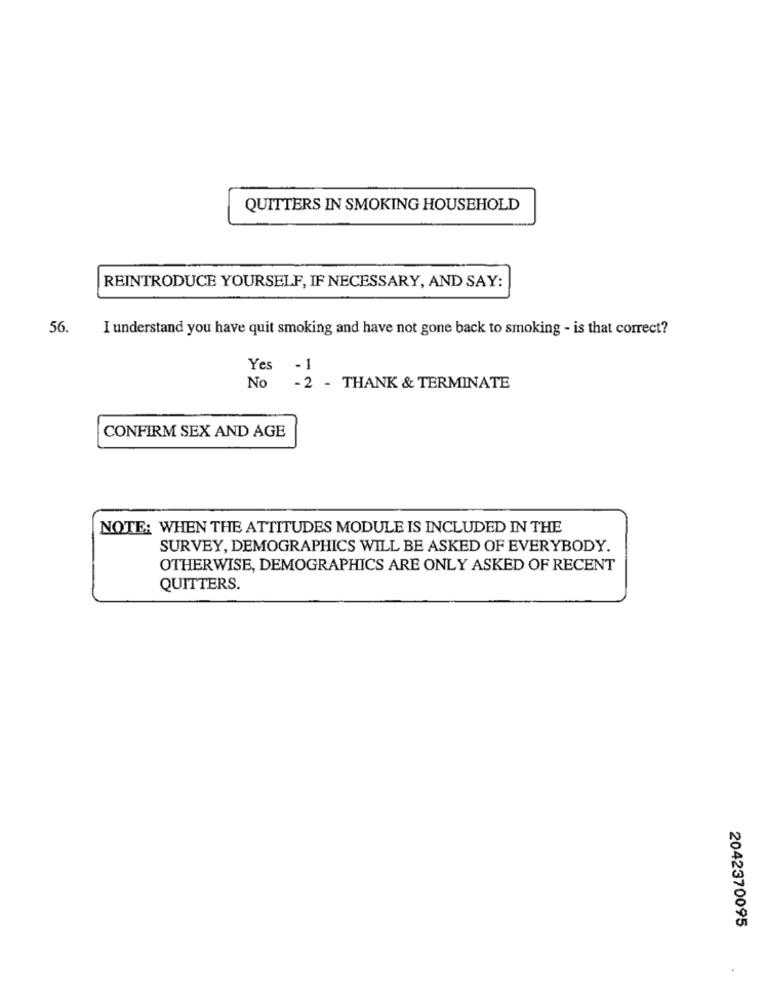
QUITTERS IN SMOKING HOUSEHOLD
REINTRODUCE YOURSELF, IF NECESSARY, AND SAY:
56.
I understand you have quit smoking and have not gone back to smoking - is that correct?
Yes
-1
No
-2 - THANK & TERMINATE
CONFIRM SEX AND AGE
NOTE: WHEN THE ATTITUDES MODULE IS INCLUDED IN THE
SURVEY, DEMOGRAPHICS WILL BE ASKED OF EVERYBODY.
OTHERWISE, DEMOGRAPHICS ARE ONLY ASKED OF RECENT
QUITTERS.
2042370095
.